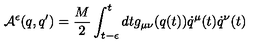
{ \cal A } ^ { \epsilon } ( q , q ^ { \prime } ) = \frac { M } { 2 } \int _ { t - \epsilon } ^ { t } d t g _ { \mu \nu } ( q ( t ) ) \dot { q } ^ { \mu } ( t ) \dot { q } ^ { \nu } ( t )